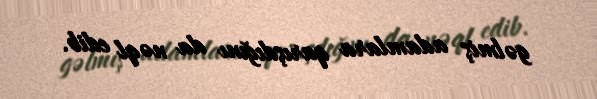
gəlmiş adamlara qarışdığını da nəql edib.